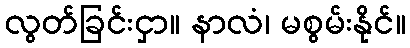
လွတ်ခြင်းငှာ။ နာလံ၊ မစွမ်းနိုင်။